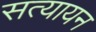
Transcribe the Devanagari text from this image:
सत्यायन